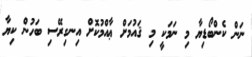
ނަން ކެންބޯޑިޔާ މި ނަމަކީ މި ޤައުމަށް ޢާއްމުކޮށް އިނގިރޭސި ބަހުން ކިޔާ